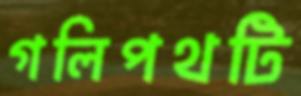
গলিপথটি